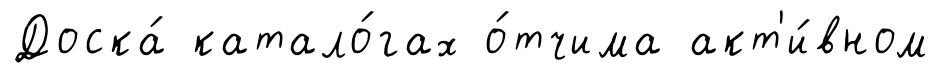
Доска́ катало́гах о́тчима акт'и́вном